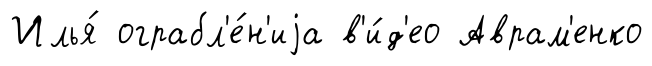
Илья́ ограбл'е́н'иjа в'и́д'ео Аврам'енко